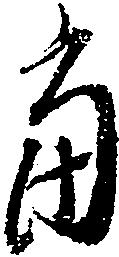
当